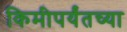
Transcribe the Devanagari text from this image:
किमीपर्यंतच्या